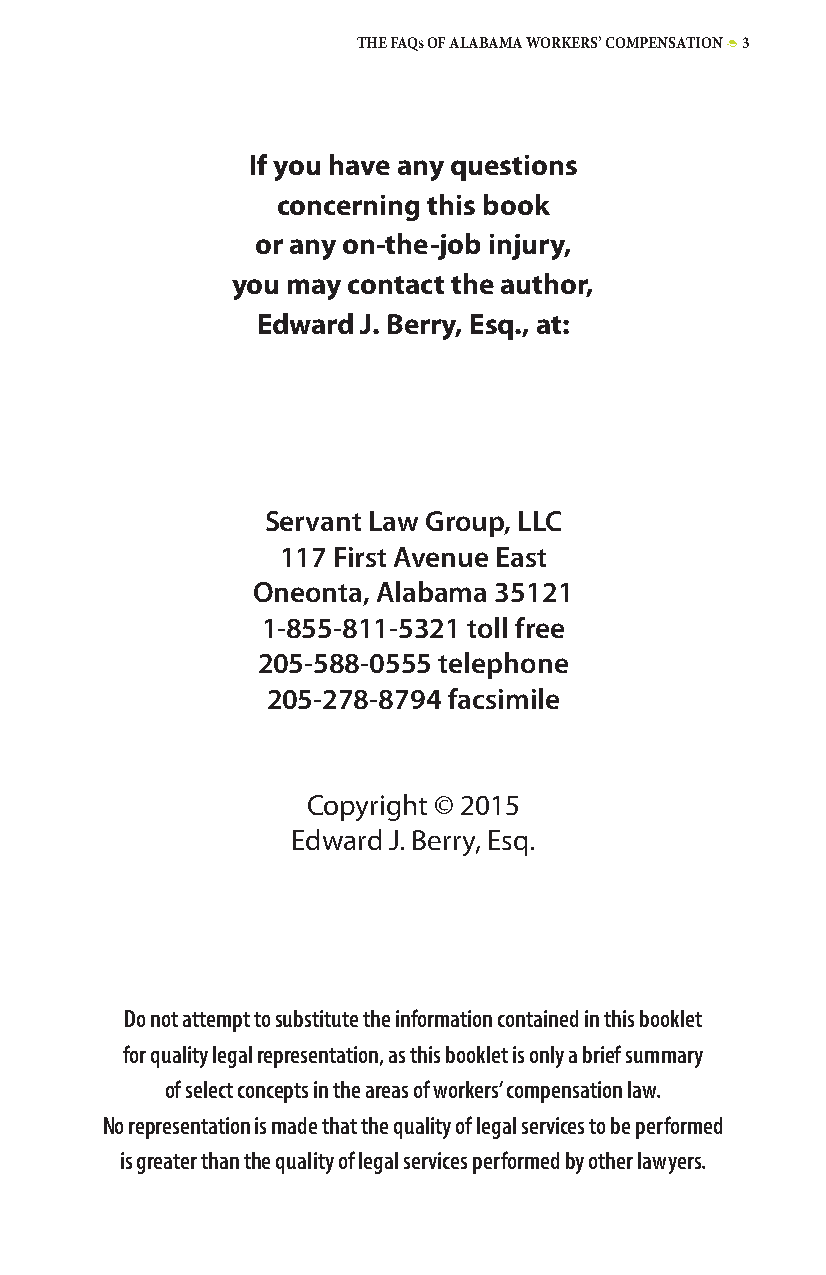
THE FAQs OF ALABAMA WORKERS’ COMPENSATION • 3
 If you have any questions
 concerning this book
 or any on-the-job injury,
 you may contact the author,
 Edward J. Berry, Esq., at:
 Servant Law Group, LLC
 117 First Avenue East
 Oneonta, Alabama 35121
 1-855-811-5321 toll free
 205-588-0555 telephone
 205-278-8794 facsimile
 Copyright © 2015
 Edward J. Berry, Esq.
 Do not attempt to substitute the information contained in this booklet
 for quality legal representation, as this booklet is only a brief summary
 of select concepts in the areas of workers’ compensation law.
 No representation is made that the quality of legal services to be performed
 is greater than the quality of legal services performed by other lawyers.